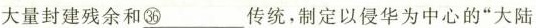
大量封建残余和\underline{㊱}传统，制定以侵华为中心的”大陆